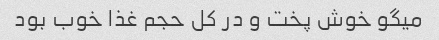
میگو خوش پخت و در کل حجم غذا خوب بود